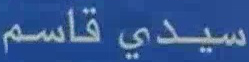
سيدي قاسم